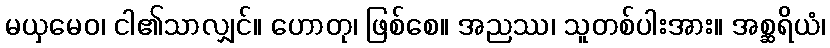
မယှမေဝ၊ ငါ၏သာလျှင်။ ဟောတု၊ ဖြစ်စေ။ အညဿ၊ သူတစ်ပါးအား။ အစ္ဆရိယံ၊